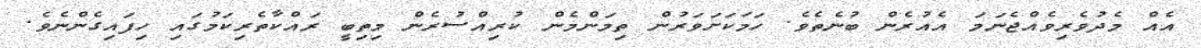
އެއް މެދުވެރިވެއްޖެނަމަ އެއުރެން ބުނެތެވެ. ހަމަކަށަވަރުން ތިމަންމެން ކުރިއްސުރެން މިތިބީ ރައްކާތެރިކަމުގައި ހިފައިގެންނެވެ.